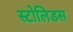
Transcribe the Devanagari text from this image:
स्टोलिडस